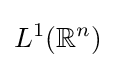
L^{1}(\mathbb {R} ^{n})